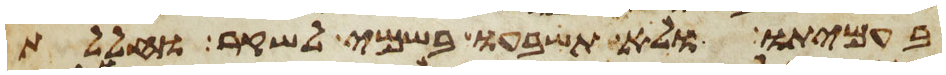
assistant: בעמיתו ולא תשבעו בשמי לשקר וחללת